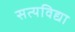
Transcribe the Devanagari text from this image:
सत्यविद्या